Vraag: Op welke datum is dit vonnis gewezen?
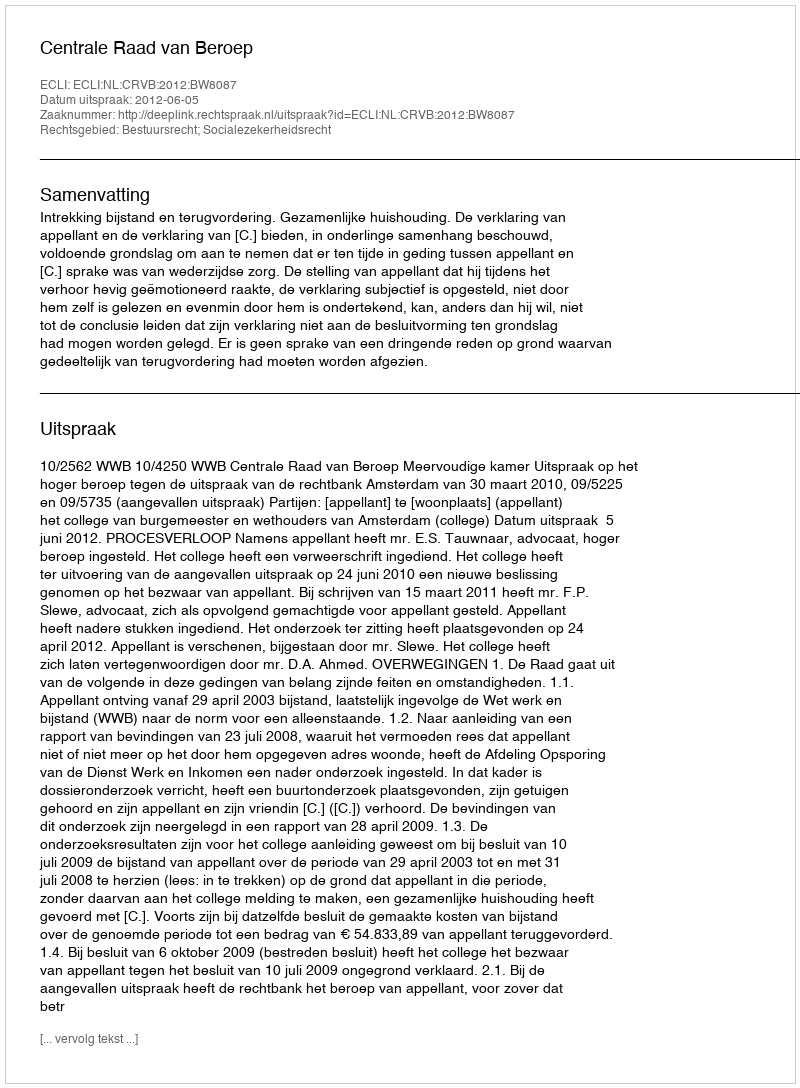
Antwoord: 2012-06-05